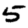
Digit: 5